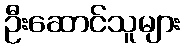
ဦးဆောင်သူများ